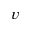
v